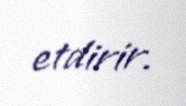
etdirir.